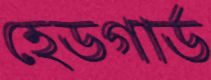
হেডগার্ড